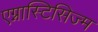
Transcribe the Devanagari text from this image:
एग्नास्टिसिज्म